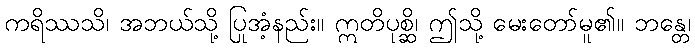
ကရိဿသိ၊ အဘယ်သို့ ပြုအံ့နည်း။ ဣတိပုစ္ဆိ၊ ဤသို့ မေးတော်မူ၏။ ဘန္တေ၊